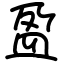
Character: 盈